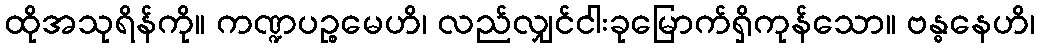
ထိုအသုရိန်ကို။ ကဏ္ဍပဉ္စမေဟိ၊ လည်လျှင်ငါးခုမြောက်ရှိကုန်သော။ ဗန္ဓနေဟိ၊